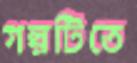
গল্পটিতে